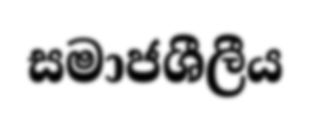
සමාජශීලීය